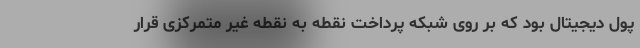
پول دیجیتال بود که بر روی شبکه پرداخت نقطه به نقطه غیر متمرکزی قرار